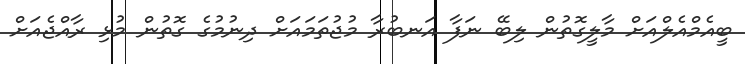
ބީއެމްއެލްއަށް މާލީގޮތުން ލިބޭ ނަފާ އަނބުރާ މުޖުތަމައަށް ދިނުމުގެ ގޮތުން މުޅި ރާއްޖެއަށް